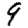
Digit: 9